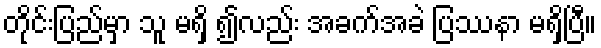
တိုင်းပြည်မှာ သူ မရှိ ၍လည်း အခက်အခဲ ပြဿနာ မရှိပြီ။